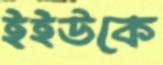
ইইউকে